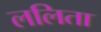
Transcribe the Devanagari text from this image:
ललिता